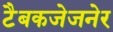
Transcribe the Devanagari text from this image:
टैबकजेजनेर